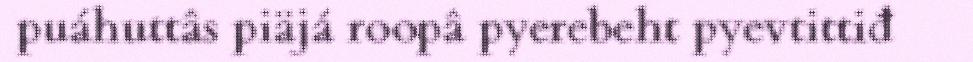
puáhuttâs piäjá roopâ pyerebeht pyevtittiđ